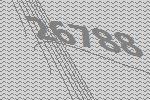
26788